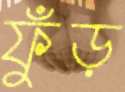
ফুঁড়